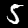
Digit: 5